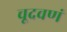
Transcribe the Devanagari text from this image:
चूदवणं